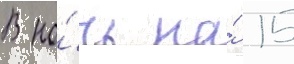
В но́чь на́ 15